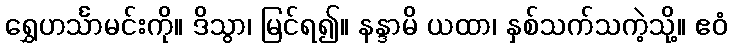
ရွှေဟင်္သာမင်းကို။ ဒိသွာ၊ မြင်ရ၍။ နန္ဒာမိ ယထာ၊ နှစ်သက်သကဲ့သို့။ ဧဝံ